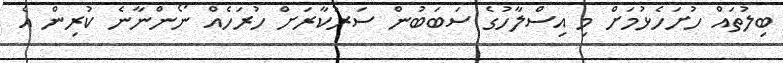
ބިލުތައް ހުށަހެޅުމަށް މި އިސްލާހުގެ ސަބަބުން ސަރުކާރަށް ހުރަހެއް ނޯންނާނެ ކުރިން އެ